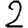
Digit: 2